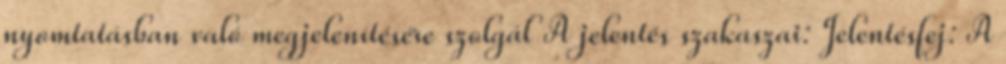
nyomtatásban való megjelenítésére szolgál A jelentés szakaszai: Jelentésfej: A